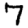
Digit: 7